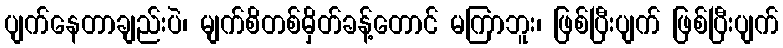
ပျက်နေတာချည်းပဲ၊ မျက်စိတစ်မှိတ်ခန့်တောင် မကြာဘူး၊ ဖြစ်ပြီးပျက် ဖြစ်ပြီးပျက်